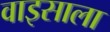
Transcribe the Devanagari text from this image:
वाइसाला